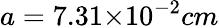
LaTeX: a=7.31{\times}10^{-2}cm